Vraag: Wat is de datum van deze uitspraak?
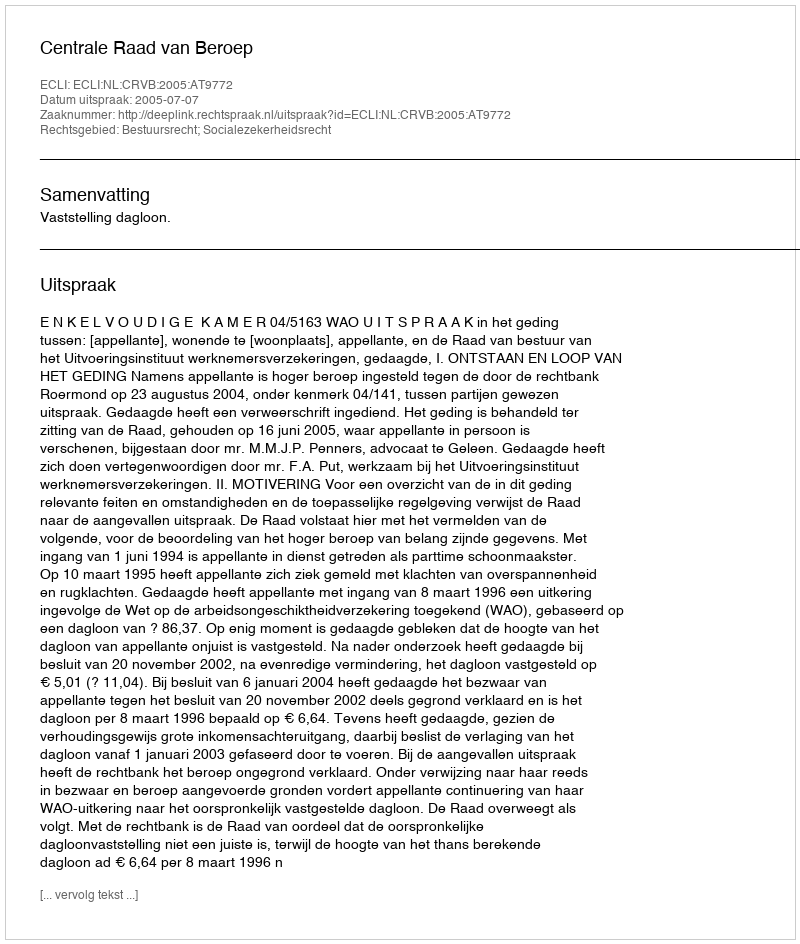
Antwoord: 2005-07-07